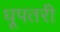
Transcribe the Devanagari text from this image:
धूपतरी